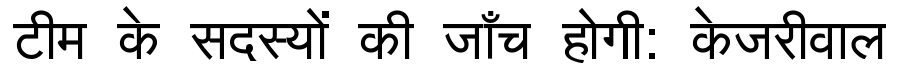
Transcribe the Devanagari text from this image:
टीम के सदस्यों की जाँच होगी: केजरीवाल